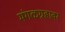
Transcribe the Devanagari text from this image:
मंगळग्रहावर